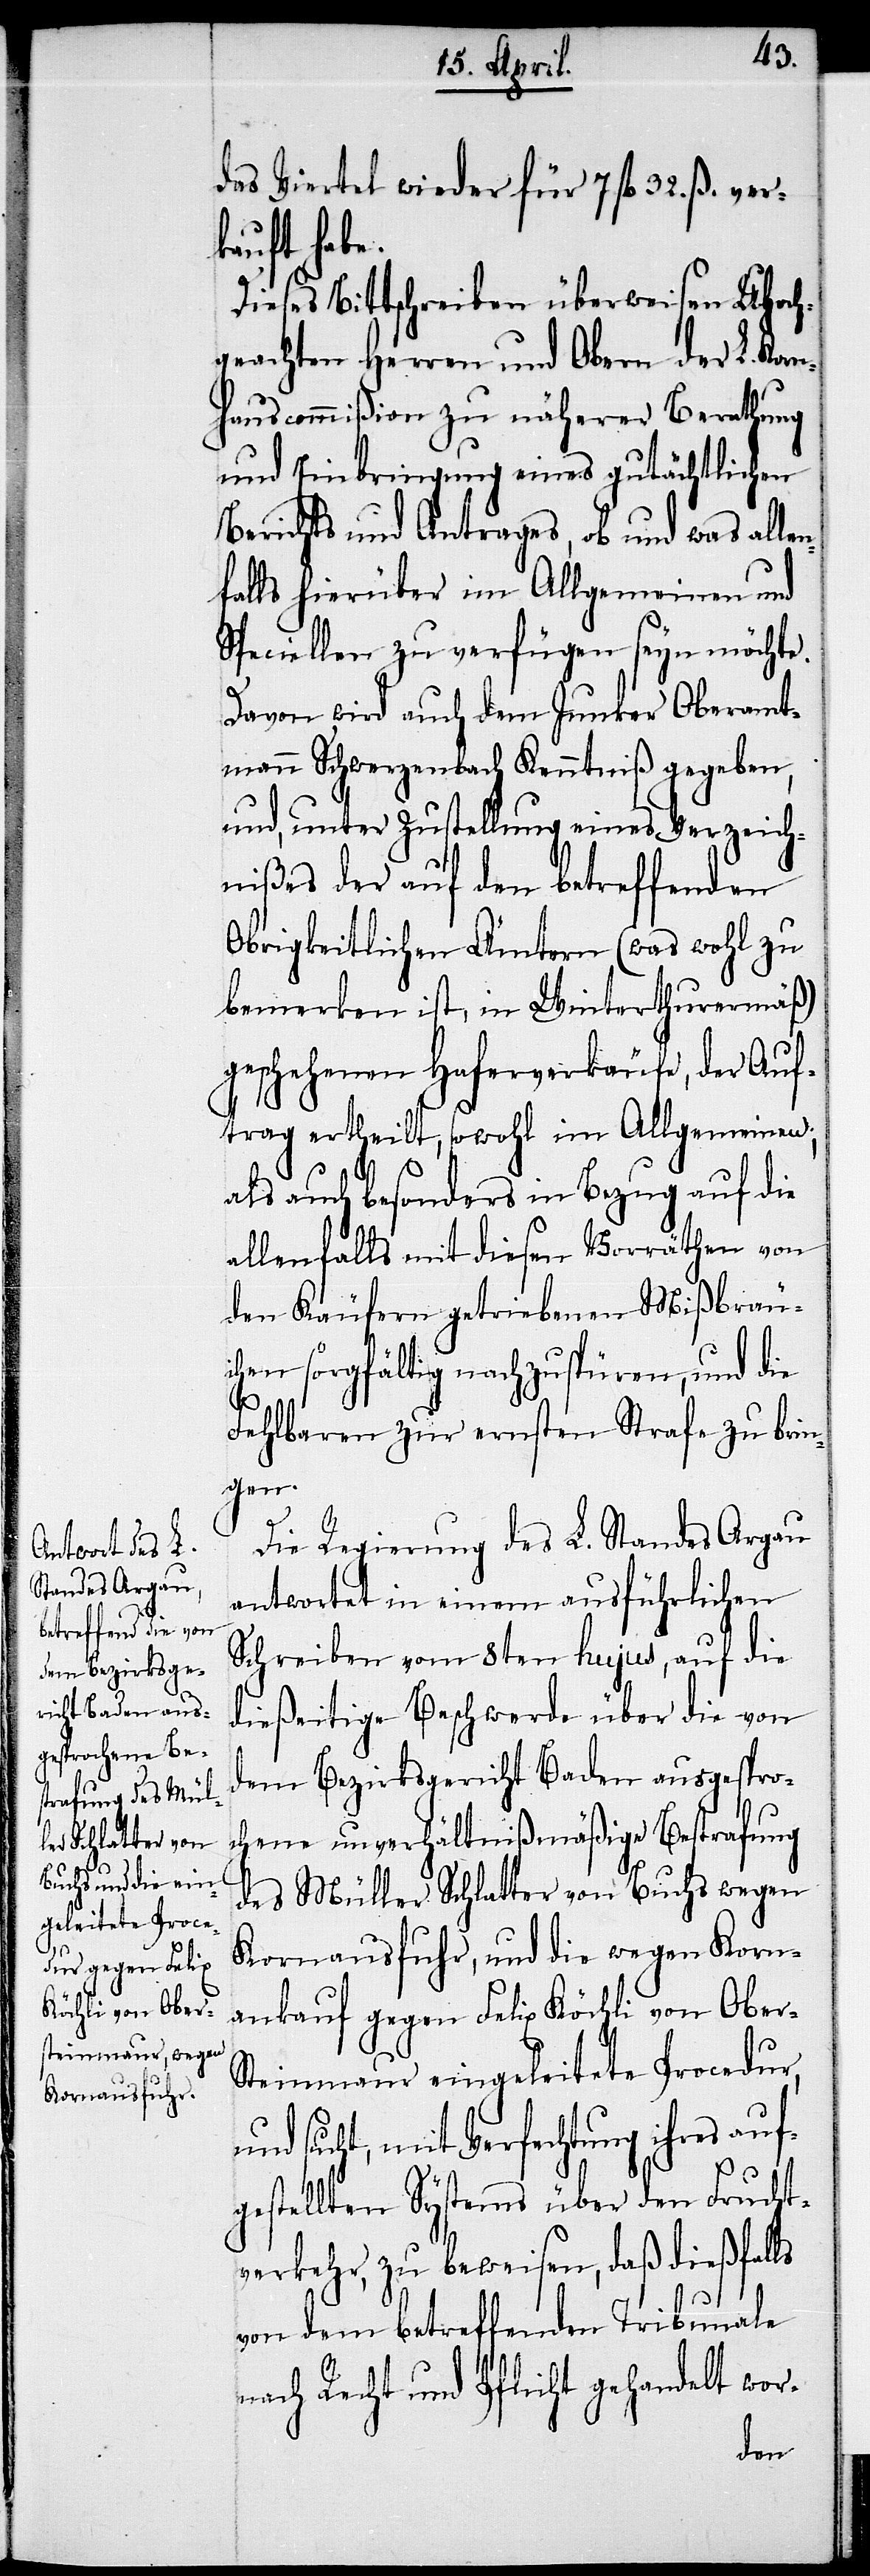
u¬

das Viertel wieder für 7. fl. 32. ß. ver¬
kauft habe.
Dieses Bittschreiben überweisen UHoch¬
geachten Herren und Obern der L. Kor¬
nhauscommißion zu näherer Berathung
und Einbringung eines gutächtlichen
Berichts und Antrages, ob und was allen¬
falls hierüber im Allgemeinen und
Speciellen zu verfügen seyn möchte.
Davon wird auch dem Junker Oberamt¬
mann Schwerzenbach Kenntniß gegeben,
und, unter Zustellung eines Verzeich¬
nißes der auf den betreffenden
Obrigkeitlichen Ämtern (was wohl zu
bemerken ist, in Winterthurermäß)
geschehenen Haferverkäufe, der Auf¬
trag ertheilt, sowohl im Allgemeinen;
als auch besonders in Bezug auf die
allenfalls mit diesen Vorräthen von
den Käufern getriebenen Mißbräu¬
chen sorgfältig nachzuspüren, und die
Fehlbaren zur ernsten Strafe zu brin¬
gen.
Die Regierung des L. Standes Argau
antwortet in einem ausführlichen
Schreiben vom 8ten hujus, auf die
dießeitige Beschwerde über die von
dem Bezirksgericht Baden ausgespro¬
chene unverhältnißmäßige Bestrafung
des Müller Schlatter von Buchs wegen
Kornausfuhr, und die wegen Korn¬
ankauf gegen Felix Köchli von Ober-S¬
teinmaur eingeleitete Procedur,
nd sucht, mit Verfechtung ihres auf¬
gestellten Systems über den Frucht¬
verkehr, zu beweisen, daß dießfalls
von dem betreffenden Tribunale
nach Recht und Pflicht gehandelt wor-